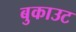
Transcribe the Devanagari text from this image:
बुकाउट